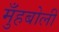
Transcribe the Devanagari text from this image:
मुँहबोली